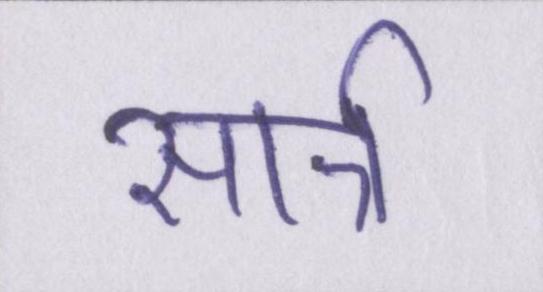
सार्त्र